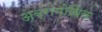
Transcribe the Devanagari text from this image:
अब्रामोविक